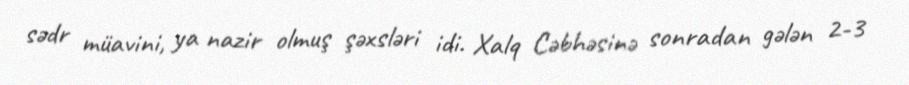
sədr müavini, ya nazir olmuş şəxsləri idi. Xalq Cəbhəsinə sonradan gələn 2-3